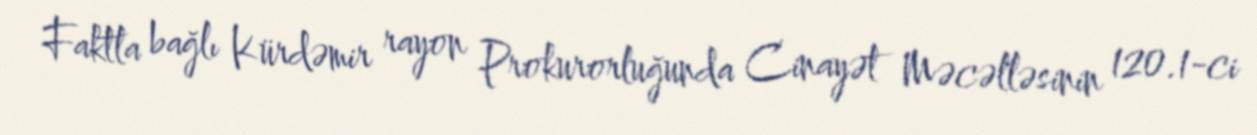
Faktla bağlı Kürdəmir rayon Prokurorluğunda Cinayət Məcəlləsinin 120.1-ci